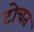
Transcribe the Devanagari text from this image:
टोचत